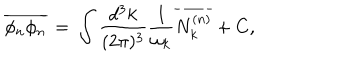
LaTeX: \overline { { { \phi _ { n } \phi _ { n } } } } \, = \, \int \frac { d ^ { 3 } k } { ( 2 \pi ) ^ { 3 } } \frac { 1 } { \omega _ { k } } \overline { { { N _ { k } ^ { ( n ) } } } } + C ,